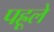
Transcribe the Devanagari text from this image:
पह्रूले